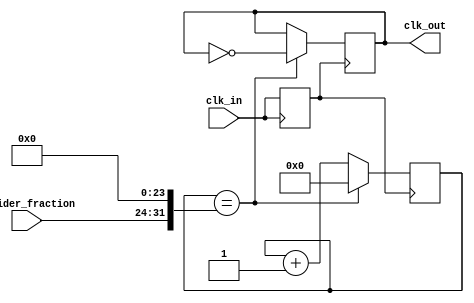
module floating_point_clock_divider(
    input wire clk_in,
    input wire [7:0] divider_fraction,
    output reg clk_out
);

reg [31:0] counter;
wire clk_sync;

// Synchronization Block
always @ (posedge clk_in)
    clk_sync <= clk_in;

// Timing Control Block
always @ (posedge clk_sync)
begin
    if(counter == (divider_fraction << 24)) begin
        counter <= 0;
        clk_out <= ~clk_out;
    end else begin
        counter <= counter + 1;
    end
end

endmodule